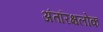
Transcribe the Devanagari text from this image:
अंतरिक्षलोक